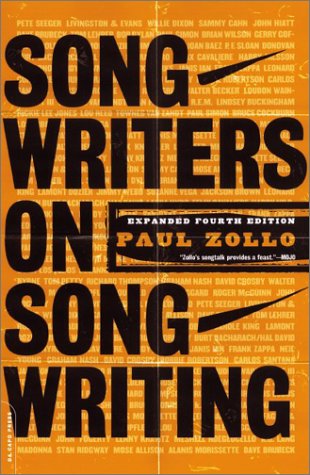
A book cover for Songwriters On Songwriting: Revised And Expanded; Paul Zollo; Humor & Entertainment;